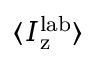
\langle I _ { \mathrm { z } } ^ { \mathrm { l a b } } \rangle